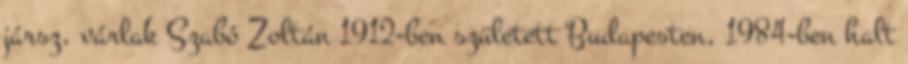
jársz, várlak Szabó Zoltán 1912-ben született Budapesten, 1984-ben halt